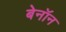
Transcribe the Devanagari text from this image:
बेनॉन